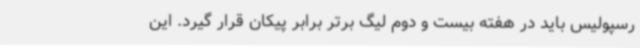
رسپولیس باید در هفته بیست و دوم لیگ برتر برابر پیکان قرار گیرد. این